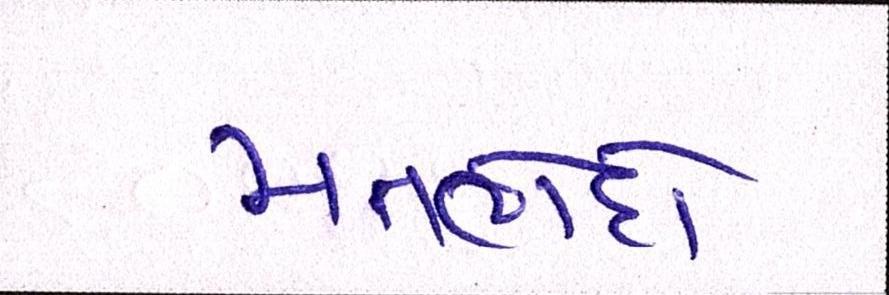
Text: મતભેદો